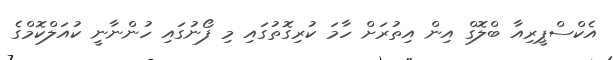
އެކްސްޕީރިއާ ބްލޮގް އިން އިތުރަށް ހާމަ ކުރިގޮތުގައި މި ފޯނުގައި ހުންނާނީ ކުއަލްކޮމްގެ